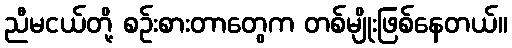
ညီမငယ်တို့ စဉ်းစားတာတွေက တစ်မျိုးဖြစ်နေတယ်။